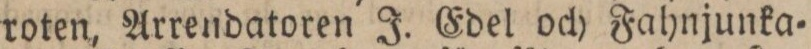
roten, Arrendatoren J. Edel och Fahnjunka=